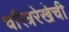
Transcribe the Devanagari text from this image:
चरित्ररेखेची